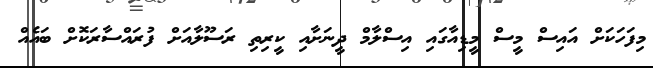
މިފަހަކަށް އައިސް މީސް މީޑިއާގައި އިސްލާމް ދީނަށާއި ކީރިތި ރަސޫލާއަށް ފުރައްސާރަކޮށް ބައެއް